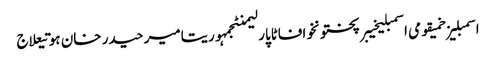
اسمبلیزخمیقومی اسمبلیخیبرپختونخوافاٹاپارلیمنٹجمہوریتامیر حیدر خان ہوتیعلاج